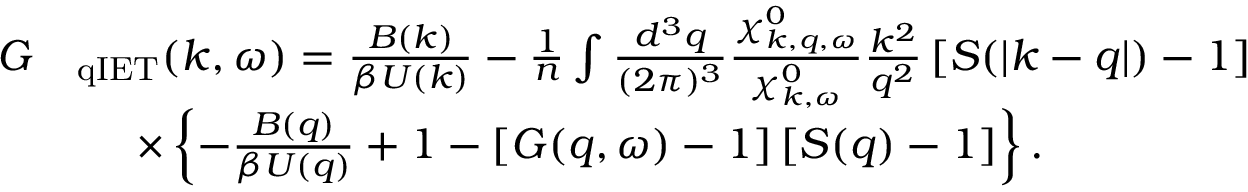
\begin{array} { r l } { G } & { _ { \mathrm { q I E T } } ( \boldsymbol { k } , \omega ) = \frac { { B } ( \boldsymbol { k } ) } { \beta { U } ( \boldsymbol { k } ) } - \frac { 1 } { n } \int \frac { d ^ { 3 } q } { ( 2 \pi ) ^ { 3 } } \frac { \chi _ { \boldsymbol { k } , \boldsymbol { q } , \omega } ^ { 0 } } { \chi _ { \boldsymbol { k } , \omega } ^ { 0 } } \frac { k ^ { 2 } } { q ^ { 2 } } \left[ S ( | \boldsymbol { k } - \boldsymbol { q } | ) - 1 \right] } \\ & { \, \, \quad \times \left\{ - \frac { B ( \boldsymbol { q } ) } { \beta { U } ( \boldsymbol { q } ) } + 1 - \left[ G ( \boldsymbol { q } , \omega ) - 1 \right] \left[ S ( \boldsymbol { q } ) - 1 \right] \right\} . } \end{array}